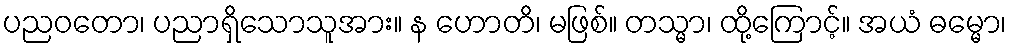
ပညဝတော၊ ပညာရှိသောသူအား။ န ဟောတိ၊ မဖြစ်။ တသ္မာ၊ ထို့ကြောင့်။ အယံ ဓမ္မော၊